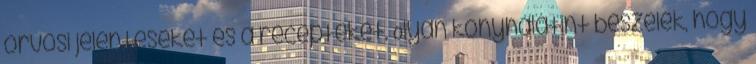
orvosi jelentéseket és a recepteket. Olyan konyhalatint beszélek, hogy